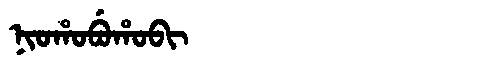
Manchu: ᠨᡳᠣᡥᠣᠪᡠᡥᠣᠪᡳ
Romanization: NIOHOBUHOBI